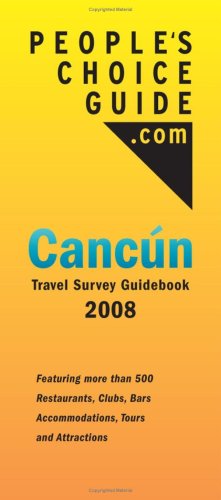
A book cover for People's Choice Guide Cancun 2008 - Cancun Travel Guide & Survey; Eric Rabinowitz; Travel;